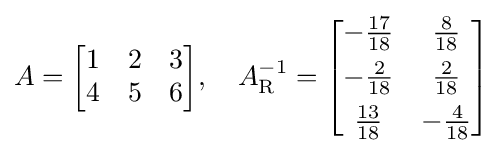
A={\begin{bmatrix}1&2&3\\4&5&6\end{bmatrix}},\quad A_{\mathrm {R} }^{-1}={\begin{bmatrix}-{\frac {17}{18}}&{\frac {8}{18}}\\[4pt]-{\frac {2}{18}}&{\frac {2}{18}}\\[4pt]{\frac {13}{18}}&-{\frac {4}{18}}\end{bmatrix}}